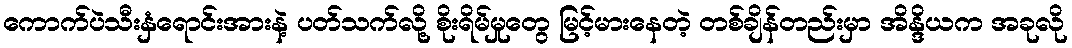
ကောက်ပဲသီးနှံရောင်းအားနဲ့ ပတ်သက်လို့ စိုးရိမ်မှုတွေ မြင့်မားနေတဲ့ တစ်ချိန်တည်းမှာ အိန္ဒိယက အခုလို